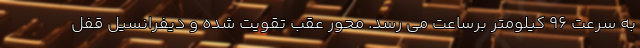
به سرعت 96 کیلومتر برساعت می رسد. محور عقب تقویت شده و دیفرانسیل قفل